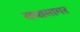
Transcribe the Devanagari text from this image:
राधासागर